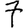
Digit: 7